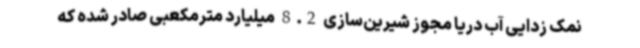
نمک زدایی آب دریا مجوز شیرین‌سازی 8.2 میلیارد مترمکعبی صادر شده که